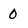
Character: 0